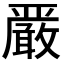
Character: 𫿞